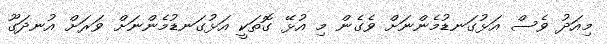
މިއަދު ވެސް އަޅުގަނޑުމެންނަށް ވެގެން މި އުޅޭ ގޮތަކީ އަޅުގަނޑުމެންނަށް ވަރަށް އުނދަގޫ